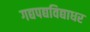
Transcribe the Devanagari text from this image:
गद्यपद्यविद्याधर